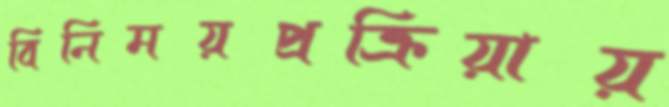
বিনিময়প্রক্রিয়ায়